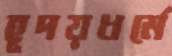
হূদয়ধর্মে